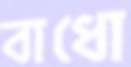
বাধো